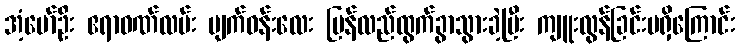
အံ့မော်ဦး ဧရာဝဏ်လမ်း မျက်ဝန်းလေး ပြန်လည်ထွက်ခွာသွားခဲ့ပြီး ကျူးလွန်ခြင်းမရှိကြောင်း